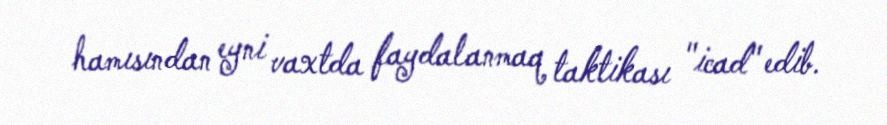
hamısından eyni vaxtda faydalanmaq taktikası "icad" edib.